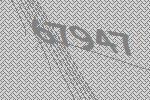
67947